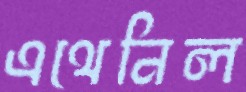
এথেনিল